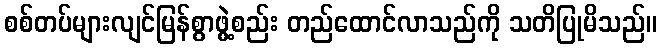
စစ်တပ်များလျင်မြန်စွာဖွဲ့စည်း တည်ထောင်လာသည်ကို သတိပြုမိသည်။